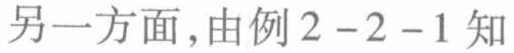
另一方面，由例2 - 2 - 1知